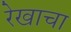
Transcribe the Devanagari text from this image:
रेखाचा